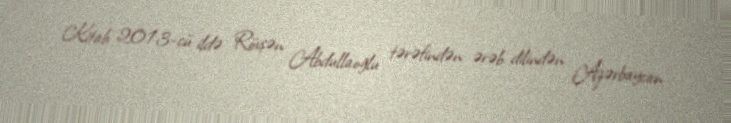
Kitab 2013-cü ildə Rövşən Abdullaoğlu tərəfindən ərəb dilindən Azərbaycan